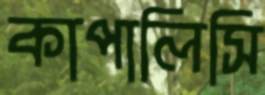
কাপালিসি